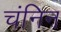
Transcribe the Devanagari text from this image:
चंनिन